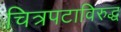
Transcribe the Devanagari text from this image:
चित्रपटाविरुद्ध